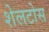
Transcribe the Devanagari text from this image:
शेलटोस